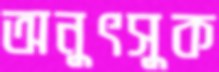
অনুৎসুক